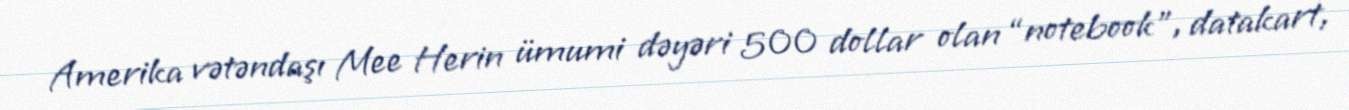
Amerika vətəndaşı Mee Herin ümumi dəyəri 500 dollar olan “notebook”, datakart,